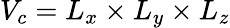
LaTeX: V_{c}=L_{x}\times L_{y}\times L_{z}